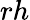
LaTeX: rh